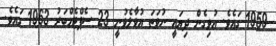
1959 ގައެވެ. އުވިގެން ދިޔައީ ނުވަތަ އުވާލެވުނީ 23 ސެޕްޓެމްބަރު 1963 ގައެވެ.